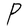
Character: P